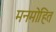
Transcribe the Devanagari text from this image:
मनमोहित